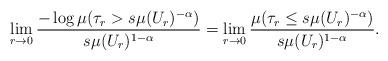
LaTeX: \begin{align*}\lim_{r \to 0} \frac{- \log \mu(\tau_r > s \mu(U_r)^{-\alpha})}{s\mu(U_r)^{1-\alpha}} = \lim_{r \to 0} \frac{\mu(\tau_r \le s\mu(U_r)^{-\alpha})}{s\mu(U_r)^{1-\alpha}}.\end{align*}